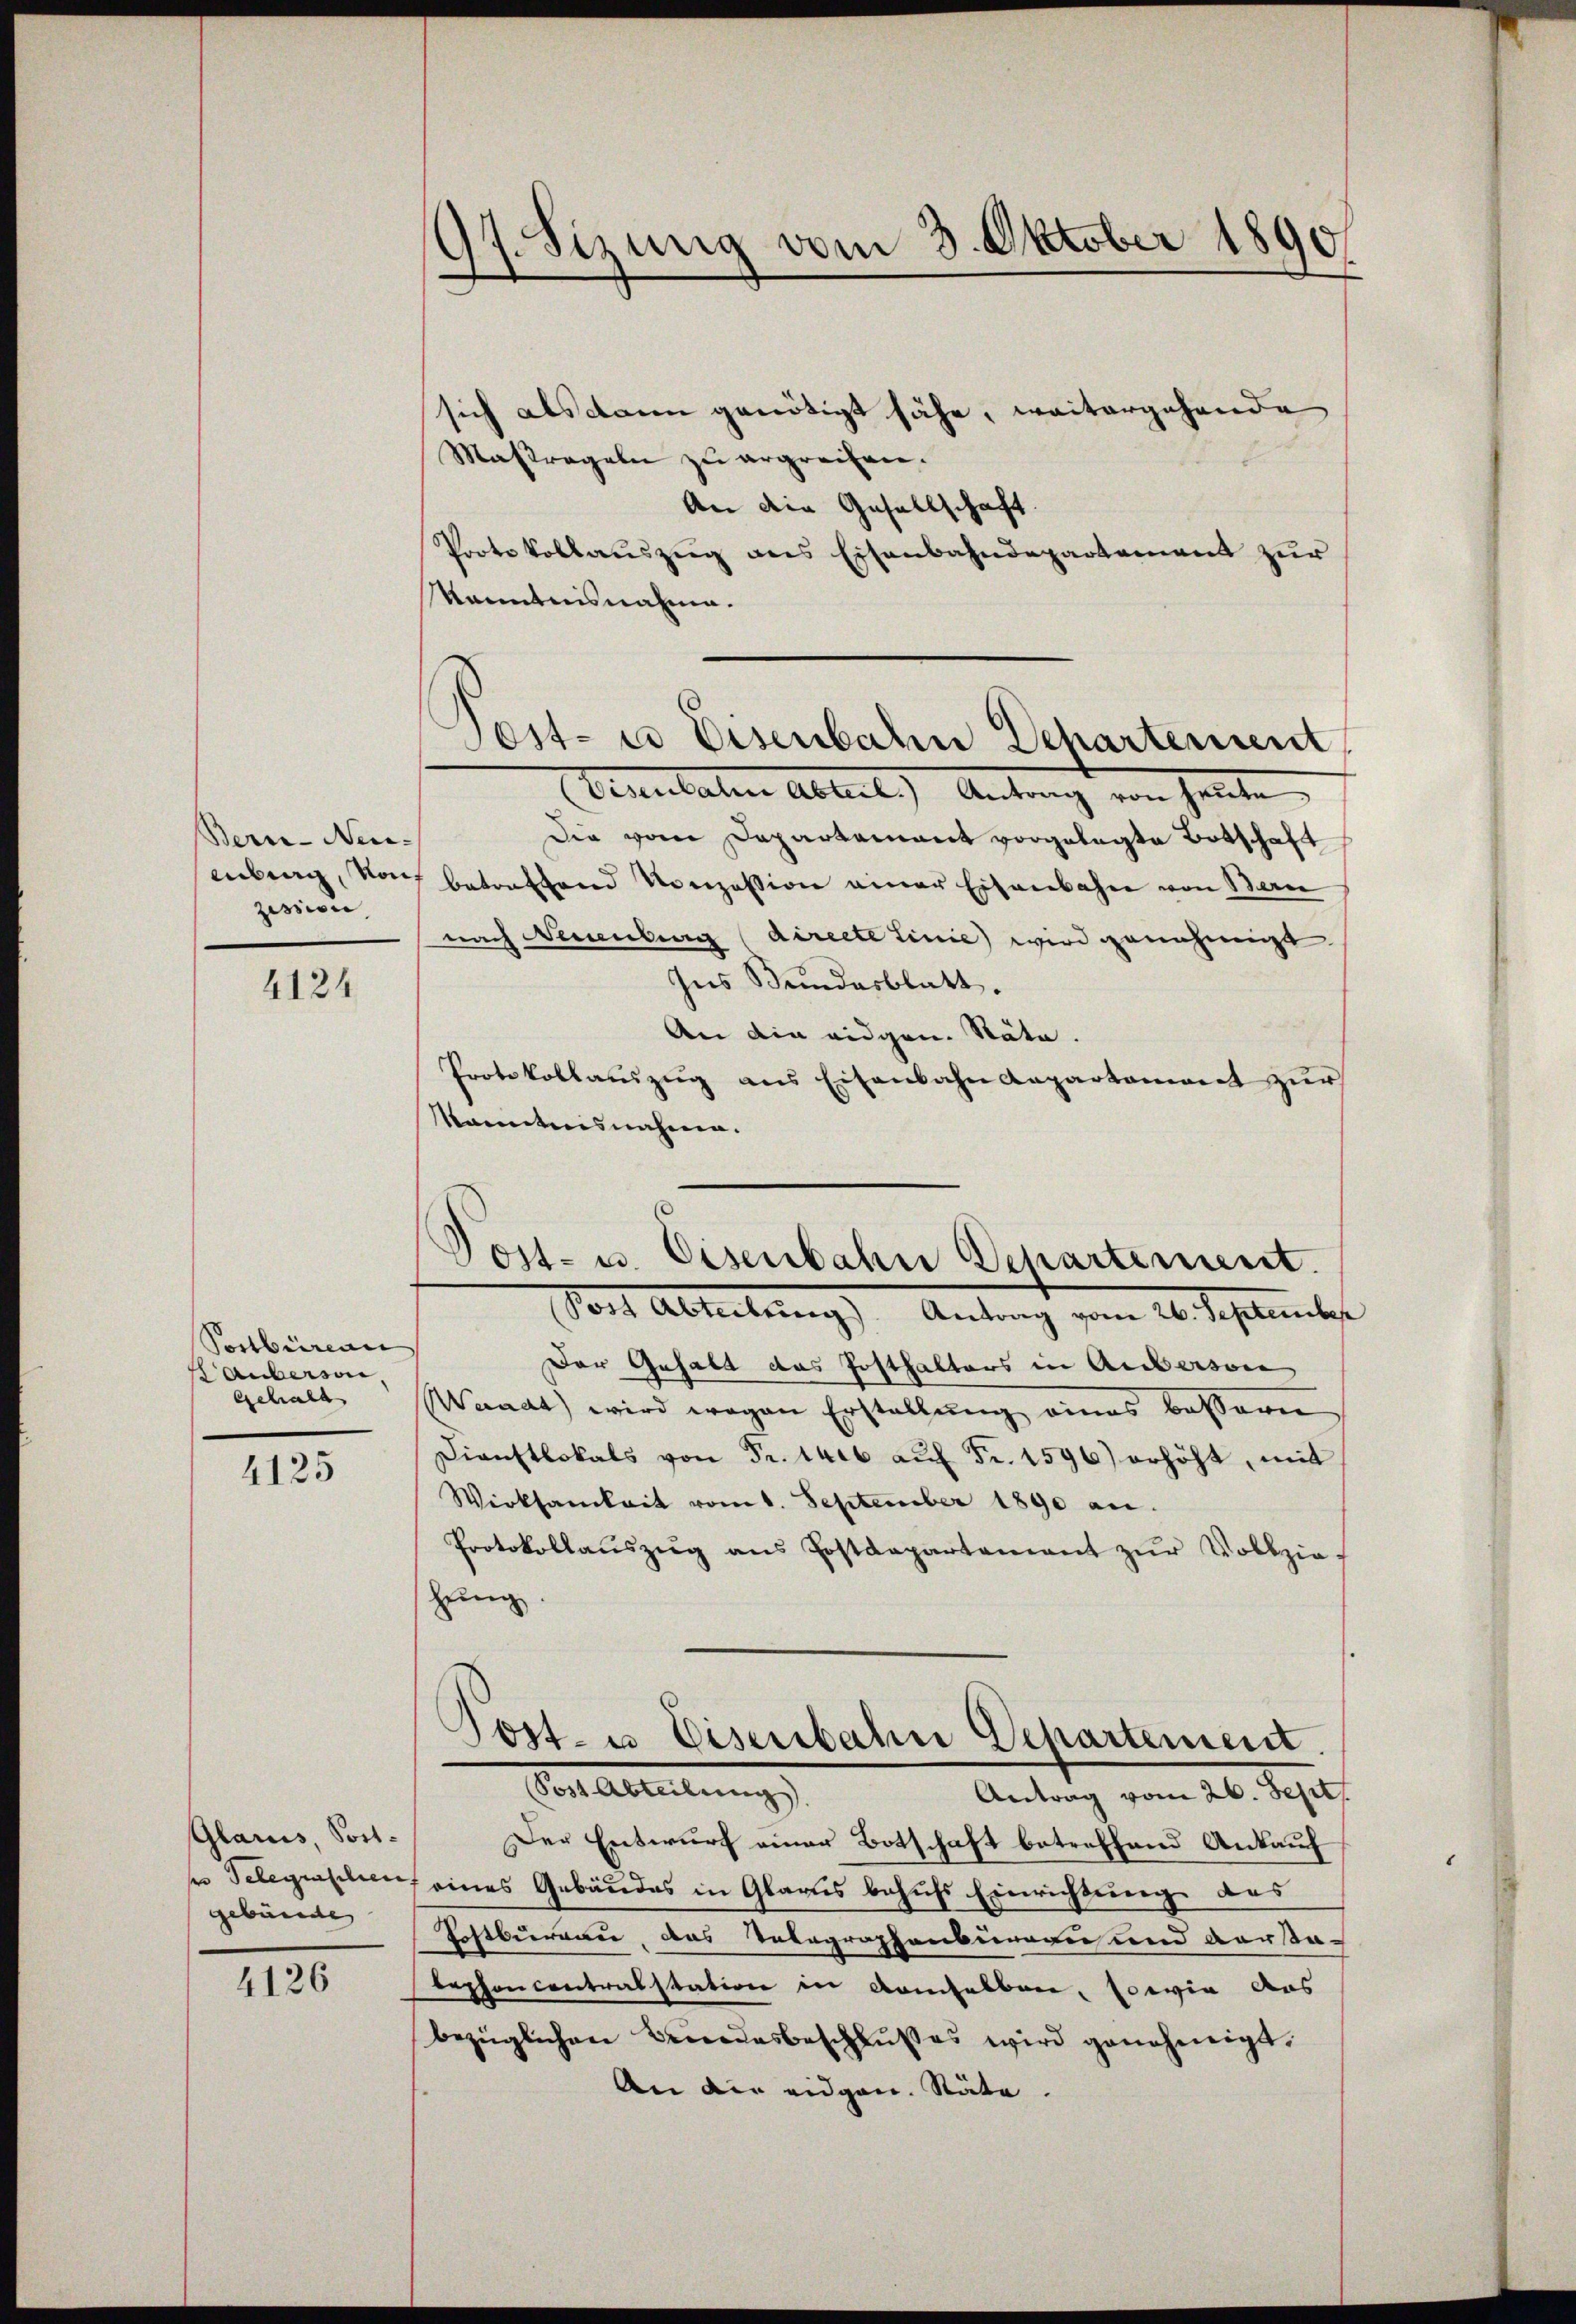
Berne-Neu-
zession

4124

Postbüreau
lauberwie
Gehalt

4125

Glarus, Sortser Telegraschien
gebürde

4126

97. Sizung vom 3. Oktober 1890

Sest- u Eisenbahn Departement

sich als dann genötigt sähe, weitergehende
Masregeln zu ergreifen.
An die Gesellschaft.
Porte Vollauszug aus Eisenbahndepartement zur
kanntnisnahme.
Pennitaten Alle b.) Antrag von heute
Die vom Departament vorgelegte Botschaft
enberg, von betreffend Konzession einer Eisenbahn von Bern
nach Neuenburg (directe Linie wird genehmigt.
Ins Bundesblatt.
An die eidgen. Räte.
Protokollaŭszŭg ans Eisenbahn Kapartament zŭr
kanntnisnahmen.
Vor Abteilung Antrag vom 20. Testals
Der Gehalt das Posthalters in Anverson
Winat) wird wegen Erstellŭng eines bessern
Dienstlokals von Fr. 1400 aŭf Fr. 1596) erhöht, mit
Wirksamkeit vom 1. September 1890 an.
Protokollaŭszŭg ans Postdepartamant zŭr Vollziehung.
.
ost- u. Eisenbahn Departement.
Vor Abteilung
Antrag vom 26. Sept.
Der Entwurf einer Botschaft betreffend Ankauf
7 eines Gebäudes in Glarus behufs Einrichtung des
Tostburgau, das Telegraphenburgen und versta-
bephoncentralstation in demselben, sowie aus
bezüglichen Benedesbeschlußes wird genehmigt.
An die eidgen. Stäte.

Post- u. Eisenbahn Departement.